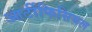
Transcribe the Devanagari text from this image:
आर्टीफिसियल